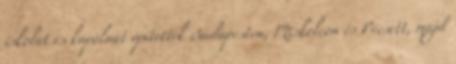
iskolát és kápolnát építettek Budapesten, Miskolcon és Pécsett, majd